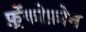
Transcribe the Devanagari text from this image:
फ़्रेंकोफ़ोन